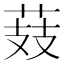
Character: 𦲔